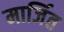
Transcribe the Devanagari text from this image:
मार्जित